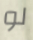
لو